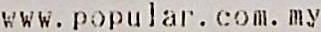
WWW. POPULAR. COM. MY